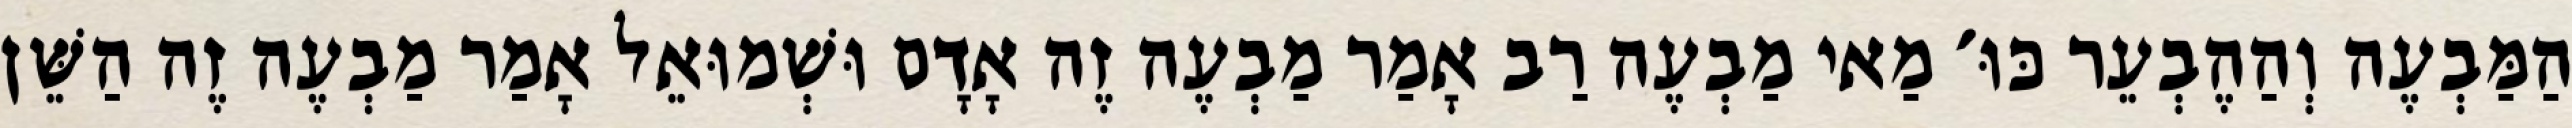
הַמַּבְעֶה וְהַהֶבְעֵר כּוּ׳ מַאי מַבְעֶה רַב אָמַר מַבְעֶה זֶה אָדָם וּשְׁמוּאֵל אָמַר מַבְעֶה זֶה הַשֵּׁן